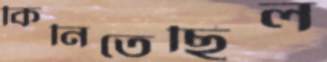
কিনিতেছিল